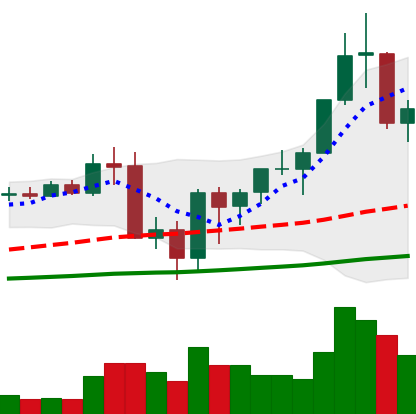
Ticker: BNB-USD
Chart end date: 2020-09-16
Forward return: -16.795%
Label: down_7plus